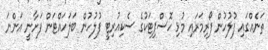
ތަނެއްގައި ފުލުހުން ފޯރިމަރައި މުޅި ހޮސްޕިޓަކުގެ ސެކިއުރިޓީ ފުލުހުން ބަލަހައްޓަން ފަށާނީ އަންނަ